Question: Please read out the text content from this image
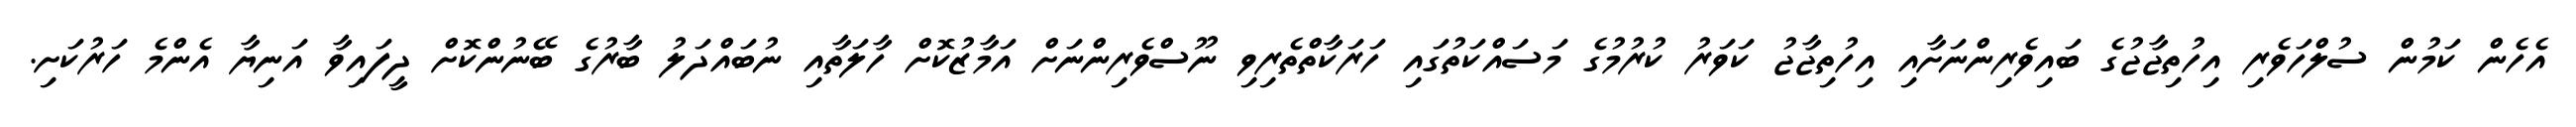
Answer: އެހެން ކަމުން ސުލްހަވެރި އިހުތިޖާޖުގެ ބައިވެރިންނަށާއި އިހުތިޖާޖު ކަވަރު ކުރުމުގެ މަސައްކަތުގައި ހަރަކާތްތެރިވި ނޫސްވެރިންނަށް އަމާޒުކޮށް ހާލަތާއި ނުބައްދަލު ބާރުގެ ބޭނުންކޮށް ދީފައިވާ އަނިޔާ އެންމެ ހަރުކަށި.